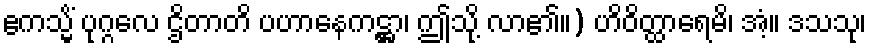
ဧကသ္မိံ ပုဂ္ဂလေ ဌိတာတိ ပဟာနေကဋ္ဌာ၊ ဤသို့ လာ၏။) ဟိဝိတ္ထာရေမိ၊ အံ့။ ဒသသု၊